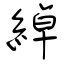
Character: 綽